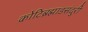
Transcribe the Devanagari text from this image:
कोटिब्रह्माडसंदुरी